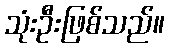
သုံးဦးဖြစ်သည်။